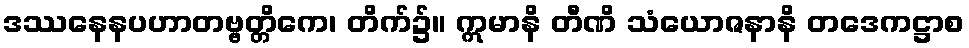
ဒဿနေနပဟာတဗ္ဗတ္တိကေ၊ တိက်၌။ ဣမာနိ တီဏိ သံယောဇနာနိ တဒေကဋ္ဌာစ